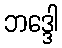
ဘဒ္ဒေါ